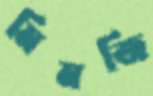
মিমজি